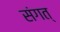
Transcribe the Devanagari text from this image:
संगत्